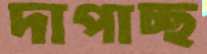
দাপাচ্ছ